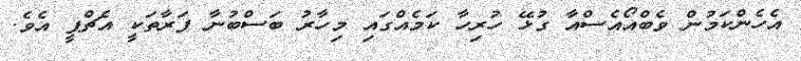
އެހެންކަމުން ވެބްއޯއެސްއާ ގުޅޭ ހުރިހާ ކަމެއްގައި މިހާރު ބަސްބުނާ ފަރާތަކީ އެޗްޕީ އެވެ.